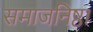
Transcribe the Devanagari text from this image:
समाजनिष्ठा